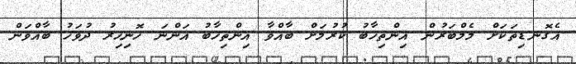
އެގޮނޑިތަކަށް މެމްބަރުން އިންތިހާބު ކުރުމަށް ބާއްވާ އިންތިހާބު އަންނަ ހޮނިހިރު ދުވަހު ބާއްވަން